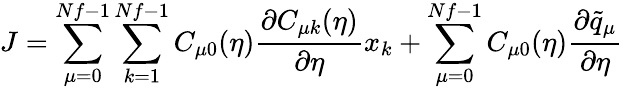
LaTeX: J=\sum_{\mu=0}^{Nf-1}\sum_{k=1}^{Nf-1}C_{\mu 0}(\eta)\frac{\partial C_{\mu k}(\eta)}{\partial\eta}x_{k}+\sum_{\mu=0}^{Nf-1}C_{\mu 0}(\eta)\frac{\partial\tilde{q}_{\mu}}{\partial\eta}